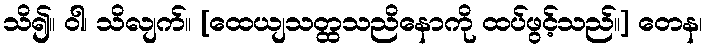
သိ၍။ ဝါ၊ သိလျက်။ [ထေယျသတ္ထသညိနောကို ထပ်ဖွင့်သည်။] တေန၊